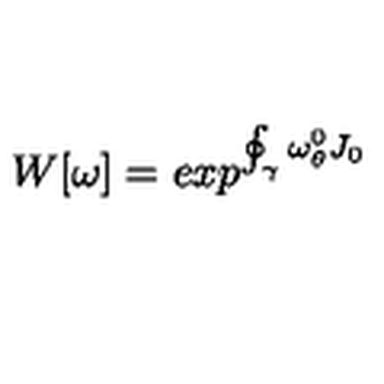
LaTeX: W [ \omega ] = e x p ^ { \oint _ { \gamma } \omega _ { \theta } ^ { 0 } J _ { 0 } }